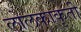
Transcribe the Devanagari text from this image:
लोलकाकृती